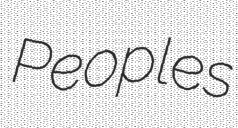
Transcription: Peoples